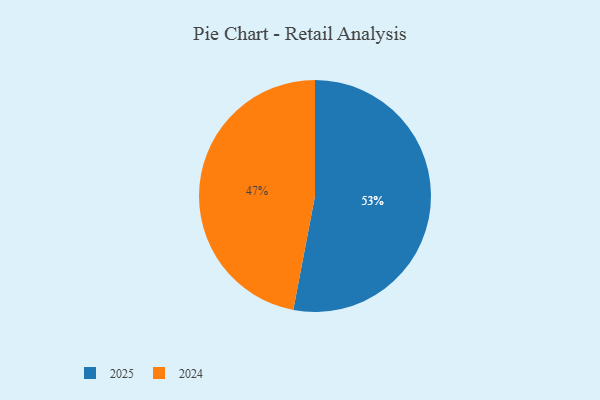
{"axis": {"x": "Category", "y": "Percentage"}, "legend": ["2024", "2025"], "data": [{"x": "2025", "y": 53, "type": "2025"}, {"x": "2024", "y": 47, "type": "2024"}]}